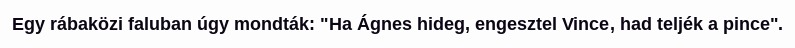
Egy rábaközi faluban úgy mondták: "Ha Ágnes hideg, engesztel Vince, had teljék a pince".